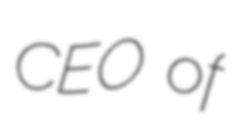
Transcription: CEO of